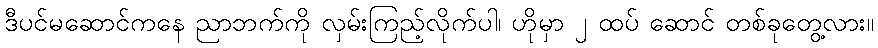
ဒီပင်မဆောင်ကနေ ညာဘက်ကို လှမ်းကြည့်လိုက်ပါ၊ ဟိုမှာ ၂ ထပ် ဆောင် တစ်ခုတွေ့လား။